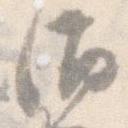
酒